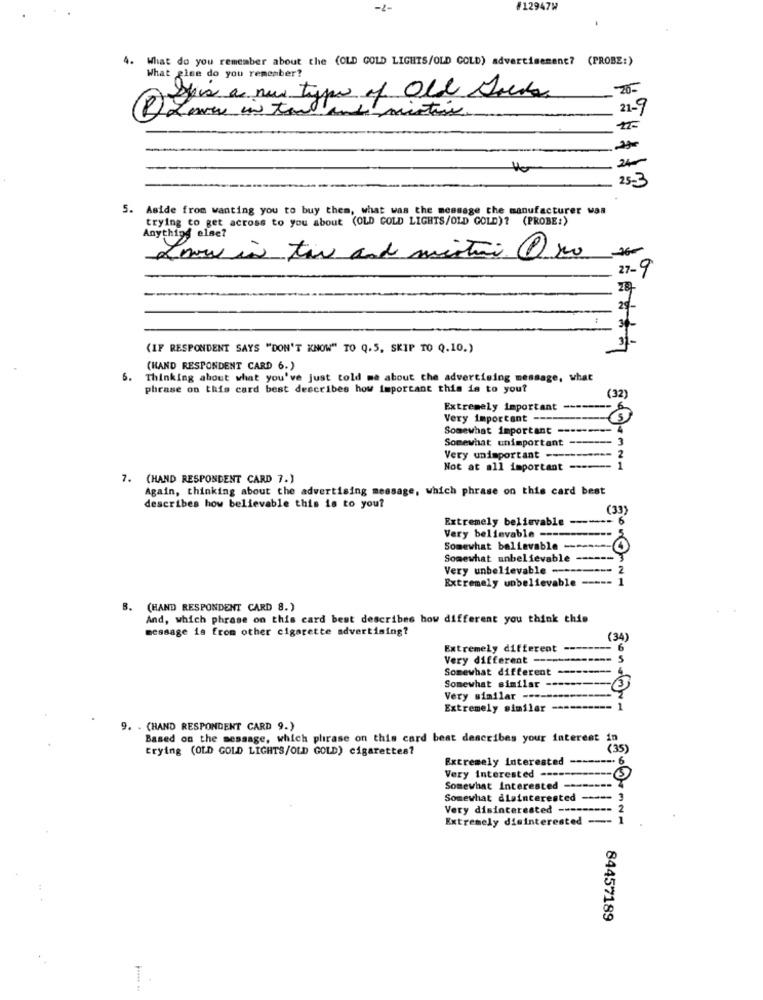
-7-
#12947W
4.
What do you remember about the (OLD GOLD LIGHTS/OLD COLD) advertisement? (PROBE:)
What else do you remember?
Sus a new type of Old Socks
26-
intins.
21-9
25-3
. Aside from wanting you to buy them, what was the message the manufacturer was
trying to get across to you about (OLD COLD LIGHTS/OLD GOLD)? (PROBE:)
Anything else?
Low in two and mistni Pro
27-9
29
3
(IF RESPONDENT SAYS "DON'T KNOW" TO Q.5, SKIP TO Q.10.)
(HAND RESPONDENT CARD 6.)
6.
Thinking about what you've just told me about che advertising message, what
phrase on this card best describes how important this is to you?
(32)
Extremely important ---
Very important ----
5
Somewhat important ----
Somewhat unimportant ------
Very unimportant ----
Not at all important ------
7. (HAND RESPONDENT CARD 7.)
Again, thinking about the advertising message, which phrase on this card best
describes how believable this is to you?
(33)
Extremely believable
Very believable ------
Somewhat believable -----
Somewhat unbelievable -
Very unbelievable ----
Extremely unbelievable -----
B. (HAND RESPONDENT CARD 8.)
And, which phrase on this card best describes how different you think this
message is from other cigarette advertising?
(34)
Extremely different
-- 6
Very different --
--- 5
Somewhat different
Somewhat similar
Very similar --
Extremely similar ====
9. . (HAND RESPONDENT CARD 9.)
Based on the message, which phrase on this card best describes your interest in
trying (OLD GOLD LIGHTS/OLD GOLD) cigarettes?
(35)
Extremely interested -------- 6
------
Very interested ----
Somewhat Interested ---
Somewhat disinterested -----
Very disinterested ------
Extremely disinterested
84457189